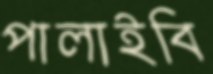
পালাইবি